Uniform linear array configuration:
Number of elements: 12
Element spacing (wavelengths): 0.75
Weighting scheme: binomial
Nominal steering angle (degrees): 45
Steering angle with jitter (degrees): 44.071
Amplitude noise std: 0.05
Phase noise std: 0.05

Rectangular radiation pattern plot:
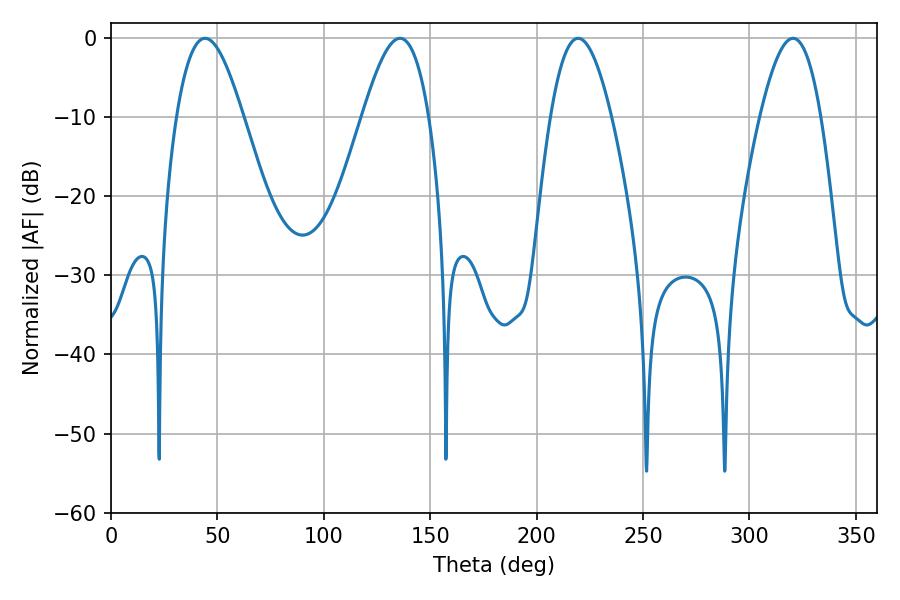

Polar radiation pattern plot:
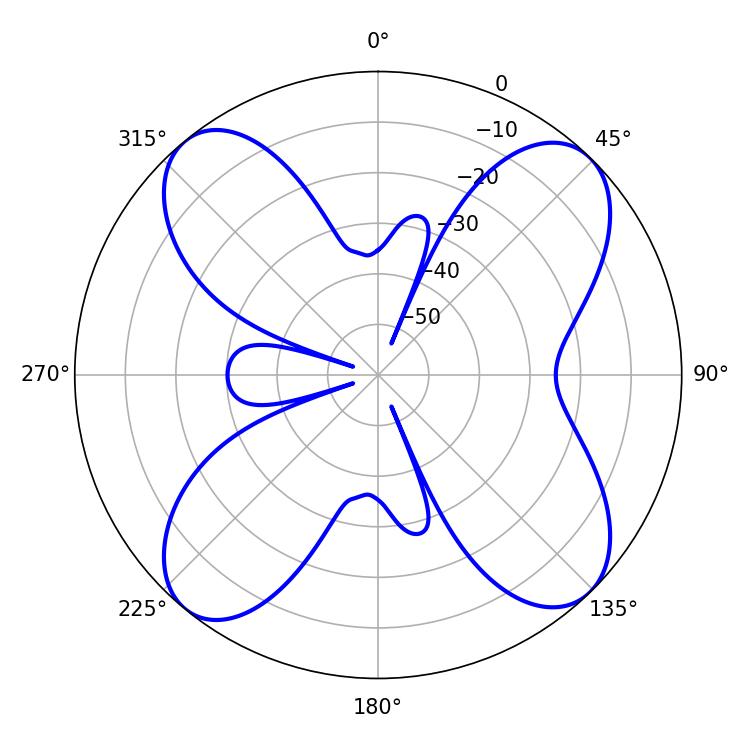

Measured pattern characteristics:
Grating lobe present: TRUE
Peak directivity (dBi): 13.906
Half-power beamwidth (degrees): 16.92
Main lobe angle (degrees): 44.28